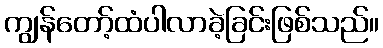
ကျွန်တော့်ထံပါလာခဲ့ခြင်းဖြစ်သည်။